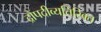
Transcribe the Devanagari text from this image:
द्रौपदीव्यतिरिक्त